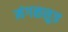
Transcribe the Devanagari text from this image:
मंगळसुत्र